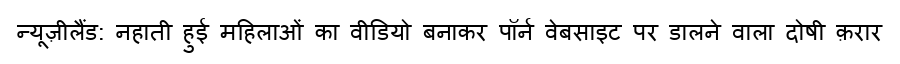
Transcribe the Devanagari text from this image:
न्यूज़ीलैंड: नहाती हुई महिलाओं का वीडियो बनाकर पॉर्न वेबसाइट पर डालने वाला दोषी क़रार